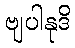
ဗျပါနုဒိ